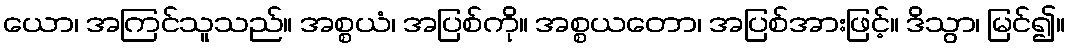
ယော၊ အကြင်သူသည်။ အစ္စယံ၊ အပြစ်ကို။ အစ္စယတော၊ အပြစ်အားဖြင့်။ ဒိသွာ၊ မြင်၍။